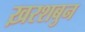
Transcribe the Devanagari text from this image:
ख़रशबुन